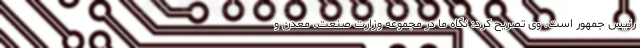
رئیس جمهور است. وی تصریح کرد: نگاه ما در مجموعه وزارت صنعت، معدن و